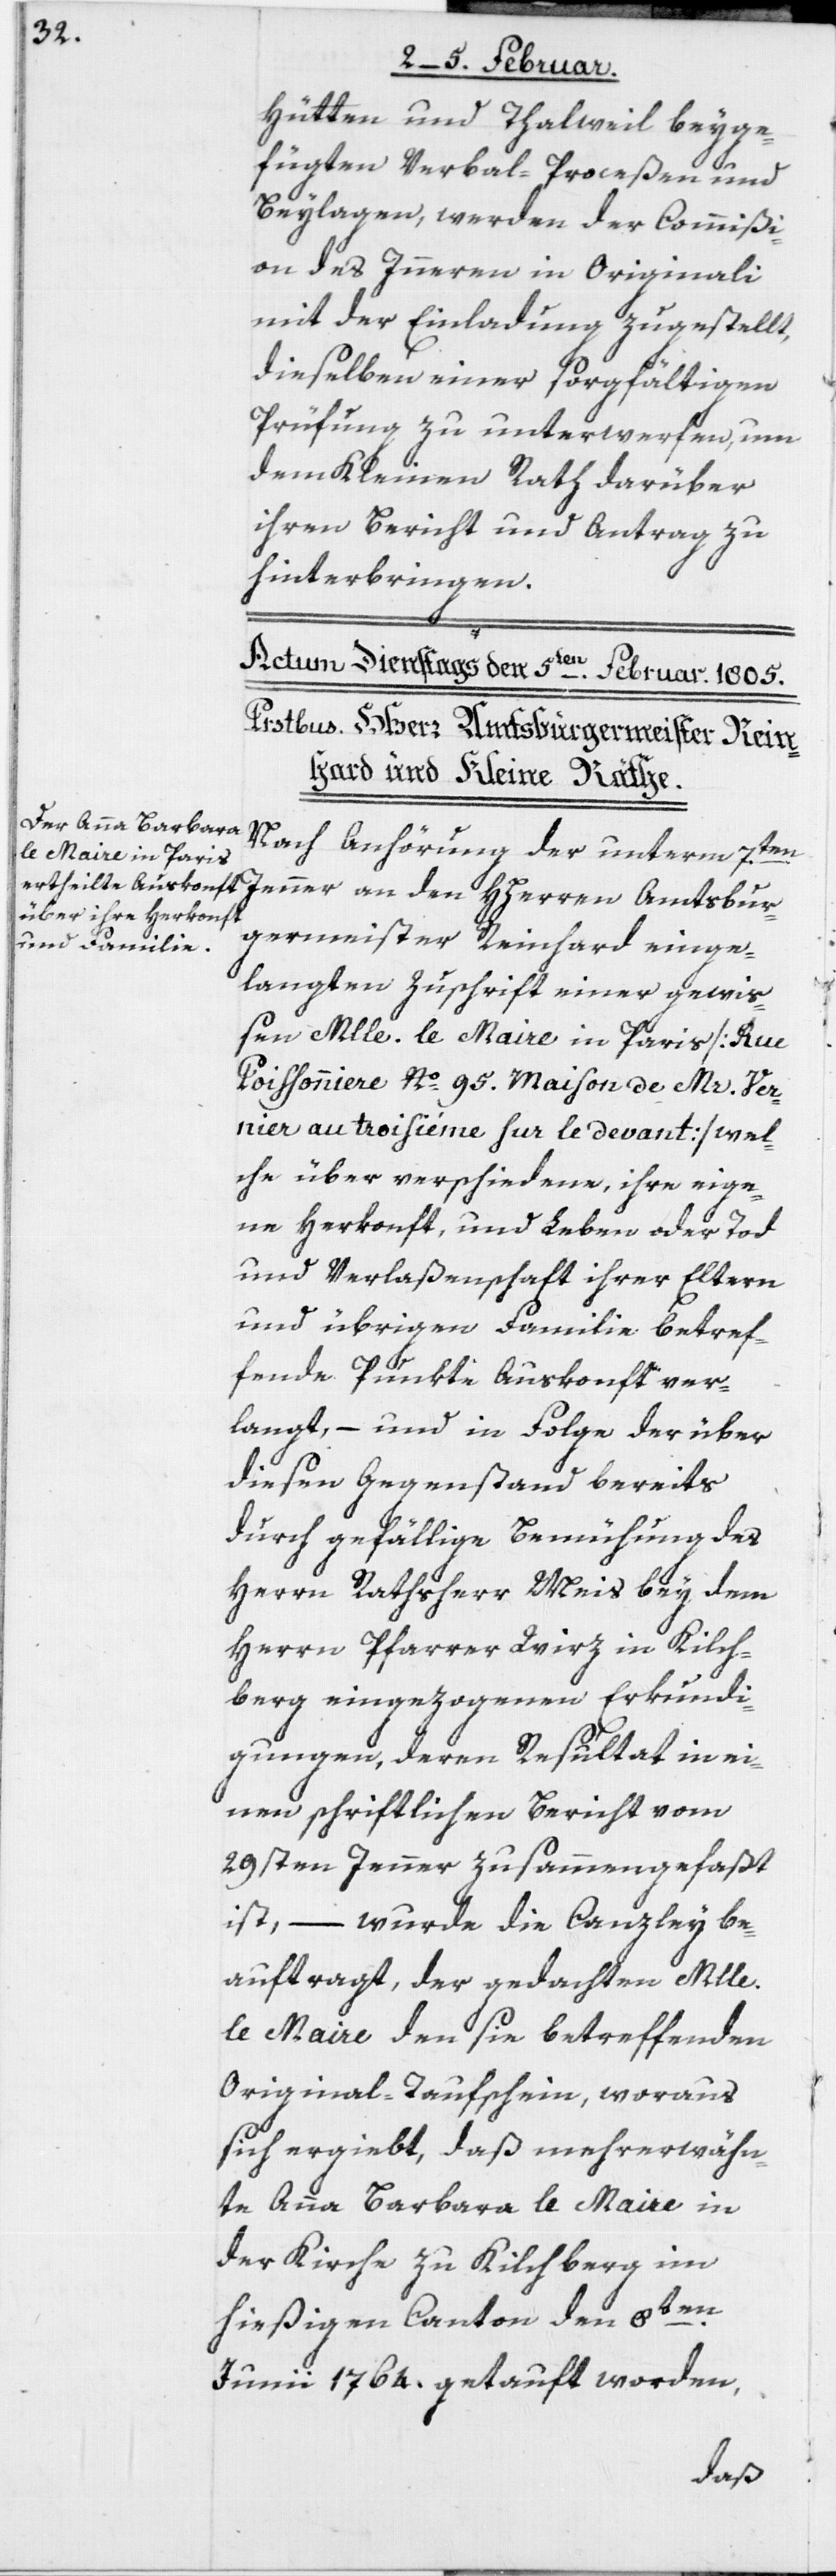
Hütten und Thalweil beyge¬
fügten Verbal-Proceßen und
Beylagen, werden der Commißi¬
on des Inneren in Originali
mit der Einladung zugestellt,
dieselben einer sorgfältigen
Prüfung zu unterwerfen, um
dem Kleinen Rath darüber
ihren Bericht und Antrag zu
hinterbringen.
Nach Anhörung der unterm 7ten.
Jenner an den Hherren Amtsbur¬
germeister Reinhard einge¬
langten Zuschrift einer gewis¬
sen Mlle. le Maire in Paris [Rue
Poissonniere Nº 95. Maison de Mr. Ver¬
nier au troisième sur le devant] wel¬
che über verschiedene, ihre eige¬
ne Herkonft, und Leben oder Tod
und Verlaßenschaft ihrer Eltern
und übrigen Familie betref¬
fende Punkte Auskonft ver¬
langt, – und in Folge der über
diesen Gegenstand bereits
durch gefällige Bemühung des
Herrn Rathsherr Meis bey dem
Herrn Pfarrer Wirz in Kilch¬
berg eingezogenen Erkundi¬
gungen, deren Resultat in ei¬
nen schriftlichen Bericht vom
29sten Jenner zusammengefaßt
ist, – wurde die Canzley be¬
auftragt, der gedachten Mlle.
le Maire den sie betreffenden
Original-Taufschein, woraus
sich ergiebt, daß mehrerwähn¬
te Anna Barbara le Maire in
der Kirche zu Kilchberg im
hießigen Canton den 8ten.
Junii 1764. getauft worden,